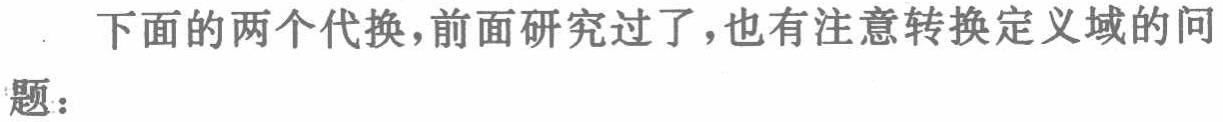
下面的两个代换，前面研究过了，也有注意转换定义域的问题：